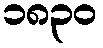
၁၈၃၀